Medical and sanitary report of the native army of Madras for the year
Year: 1877
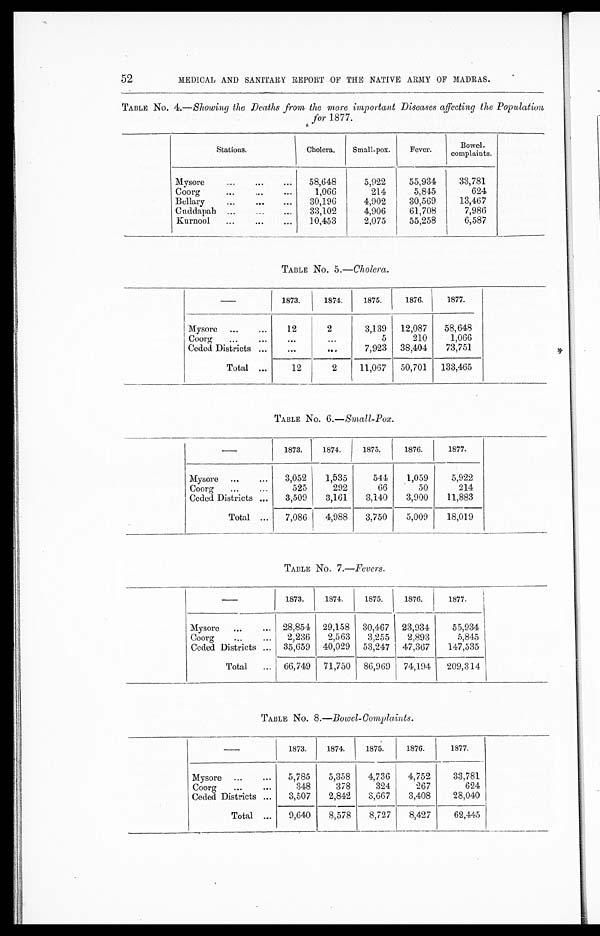
52
MEDICAL AND SANITARY REPORT OF THE NATIVE ARMY OF MADRAS.
TABLE No. 4.—Showing the Deaths from the more important Diseases affecting the Population
for 1877.
Stations.
Cholera.
Small-pox.
Fever.
Bowel.
complaints.
Mysore
...
...
...
58,648
5,922
55,934
33,781
Coorg
...
...
...
1,066
214
5,845
624
Bellary
...
...
...
30,196
4,902
30,569
13,467
Cuddapah ...
...
...
33,102
4,906
61,708
7,986
Kurnool
...
...
...
10,453
2,075
55,258
6,587
TABLE No. 5.—Cholera.
1873.
1874.
1875.
1876.
1877.
Mysore
...
...
12
2
3,139 12,087
58,648
Coorg
...
...
...
...
5
210
1,066
Ceded Districts ...
...
. . .
7,923
38,404
73,751
Total ...
12
2
11,067
50,701
133,465
TABLE No. 6.—Small-Pox.
1873.
1874.
1875.
1876.
1877.
Mysore
...
...
3,052
1,535
544
1,059
5,922
Coorg
...
...
525
292
66
50
214
Ceded Districts ...
3,509
3,161
3,140
3,900
11,883
Total ...
7,086
4,988
3,750
5,009
18,019
TABLE No. 7.—Fevers.
1873.
1874.
1875.
1876.
1877.
Mysore
...
...
28,854
29,158
30,467
23,934
55,934
Coorg
...
...
2,236
2,563
3,255
2,893
5,845
Ceded Districts ...
35,659
40,029
53,247
47,367
147,535
Total
...
66,749
71,750
86,969
74,194
209,314
TABLE No . 8.—Bowel-Complaints.
1873.
1874.
1875.
1876.
1877.
Mysore
...
...
5,785
5,358
4,736
4,752
33,781
Coorg
...
...
348
378
324
267
624
Ceded Districts ...
3,507
2,842
3,667
3,408
28,040
Total ...
9,640
8,578
8,727
8,427
62,445